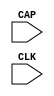
// $Header: /devl/xcs/repo/env/Databases/CAEInterfaces/xec_libs/data/unisims/CAPTURE_VIRTEX4.v,v 1.1 2005/05/10 01:20:03 wloo Exp $

`timescale  100 ps / 10 ps

module CAPTURE_VIRTEX4 (CAP, CLK);

    input  CAP, CLK;
    parameter ONESHOT = "TRUE";

endmodule